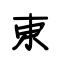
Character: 東